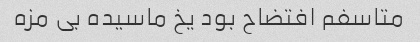
متاسفم افتضاح بود یخ ماسیده بی مزه